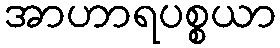
အာဟာရပစ္စယာ